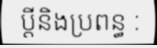
ប្តីនិងប្រពន្ធ :